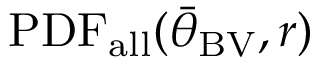
\mathrm { P D F _ { a l l } } ( { \bar { \theta } } _ { \mathrm { B V } } , r )